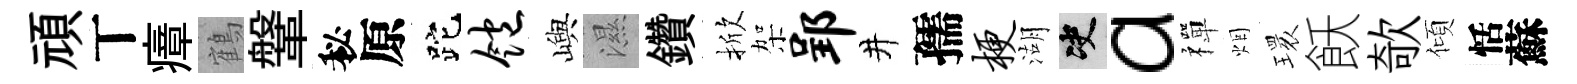
頑丅瘴鶴鞶秘原跎饱嶼濕鑽掀架郢井孺梗湖决a禪烟𤨔飫欹傾恬蘇